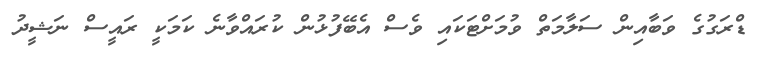
ޑްރަގުގެ ވަބާއިން ސަލާމަތް ވުމަށްޓަކައި ވެސް އެބޭފުޅުން ކުރައްވާނެ ކަމަކީ ރައީސް ނަޝީދު